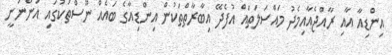
އިންޑިއާ އާއި ރާއްޖެއާއިމެދު މައްސަލަތައް އުފެދޭ އިބާރާތްތަކުން އިންޑިއާގެ ބައެއް ނޫސްތަކުގައި އަންނަނީ